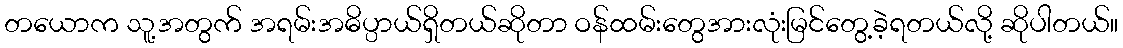
တယောက သူ့အတွက် အရမ်းအဓိပ္ပာယ်ရှိတယ်ဆိုတာ ဝန်ထမ်းတွေအားလုံးမြင်တွေ့ခဲ့ရတယ်လို့ ဆိုပါတယ်။